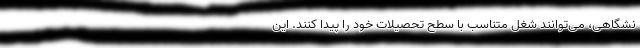
نشگاهی، می‌توانند شغل متناسب با سطح تحصیلات خود را پیدا کنند. این